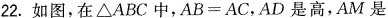
22.如图，在\triangle ABC中，AB=AC，AD是高，AM是